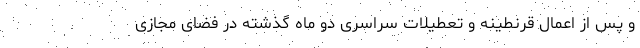
و پس از اعمال قرنطینه و تعطیلات سراسری دو ماه گذشته در فضای مجازی